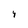
Character: 4